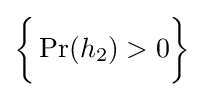
{\bigg \{}\Pr(h_{2})>0{\bigg \}}